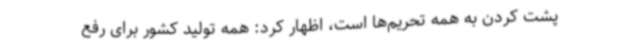
پشت کردن به همه تحریم‌ها است، اظهار کرد: همه تولید کشور برای رفع